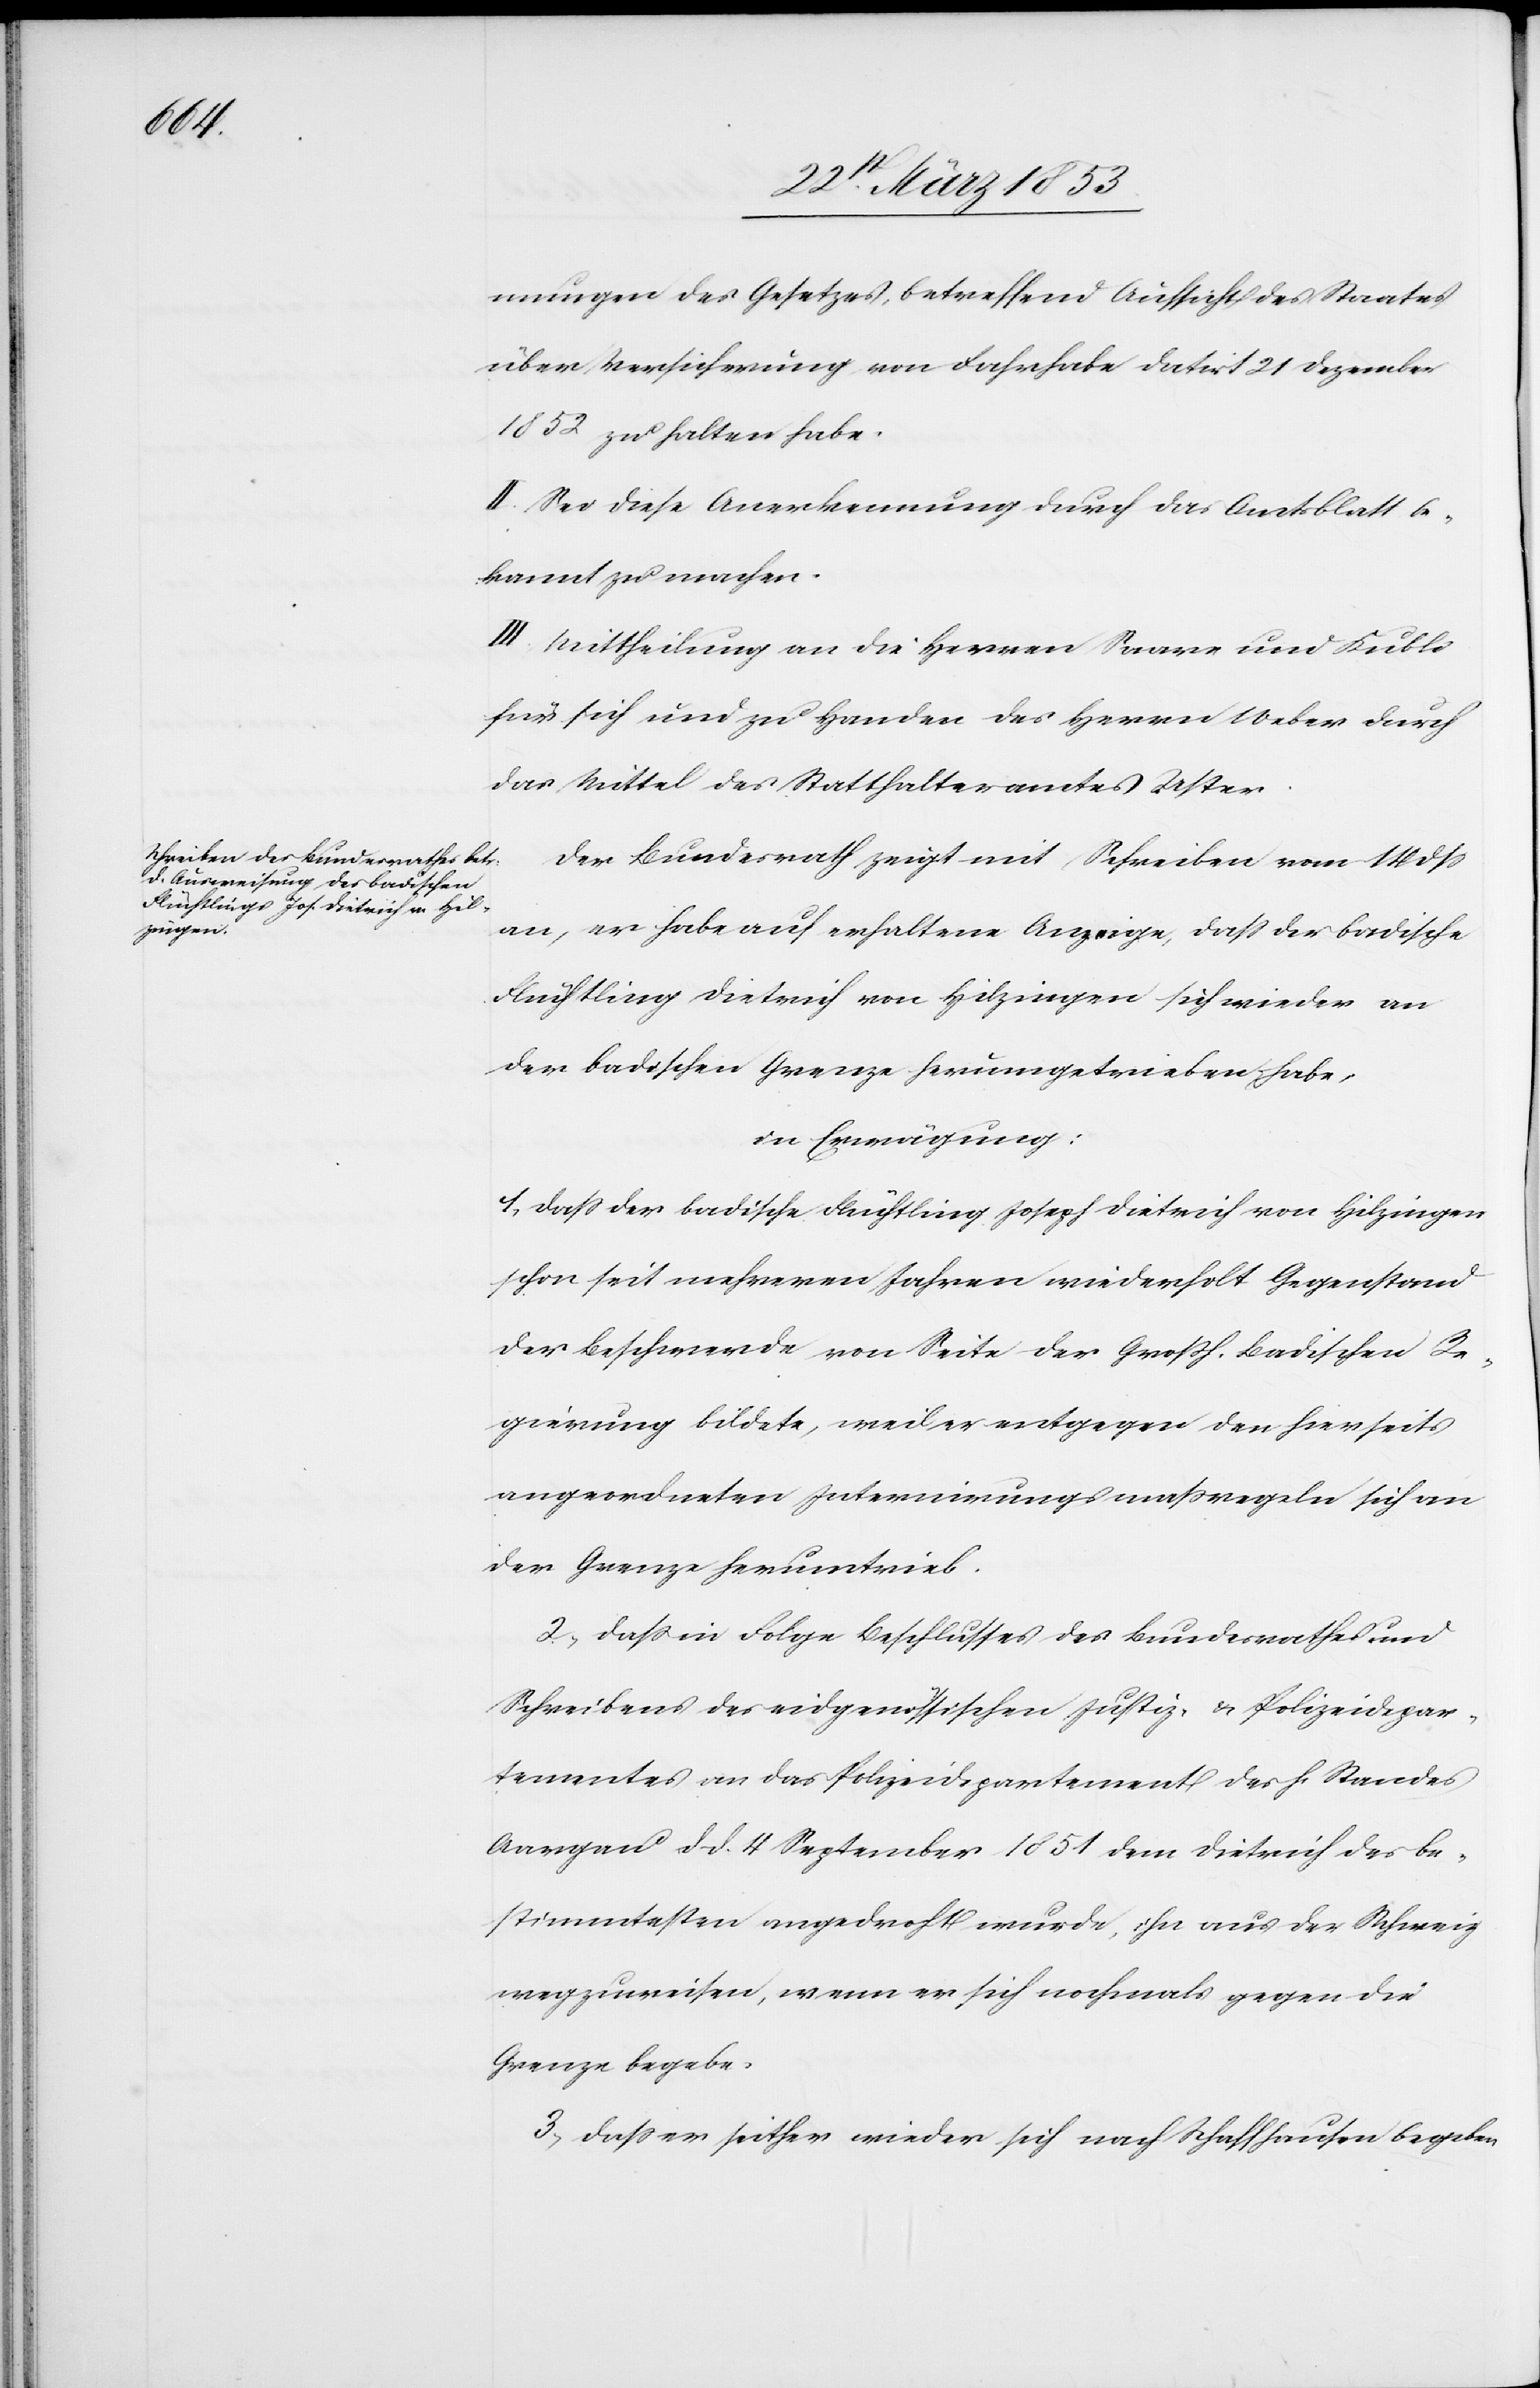
mungen des Gesetzes, betreffend Aufsicht des Staates
über Versicherung von Fahrhabe datirt 21 Dezember
1852 zu halten habe.
II. Sei diese Anerkennung durch das Amtsblatt be¬
kannt zu machen.
III. Mittheilung an die Herrn Saare und Kubli
für sich und zu Handen des Herrn Weber durch
das Mittel des Statthalteramtes Uster.
Der Bundesrath zeigt mit Schreiben vom 14 dß
an, er habe auf erhaltene Anzeige, daß der badische
Flüchtling Dietrich von Hilzingen sich wieder an
der badischen Grenze herumgetrieben habe,
in Erwägung:
1, Daß der badische Flüchtling Joseph Dietrich von Hilzingen
schon seit mehrern Jahren wiederholt Gegenstand
der Beschwerde von Seite des Großh. Badischen Re¬
gierung bildete, weil er entgegen den hierseits
angeordneten Internirungsmaßregeln sich an
der Grenze herumtrieb.
2, Daß in Folge Beschlusses des Bundesrathes und
Schreibens des eidgenössischen Justiz- u. Polizeidepar¬
tementes an das Polizeidepartement des h. Standes
Aargau d. d. 4. September 1851 dem Dietrich des be¬
stimmtesten angedroht wurde, ihn aus der Schweiz
wegzuweisen, wenn er sich nochmals gegen die
Grenze begebe.
3, Daß er seither wieder sich nach Schaffhausen begeben